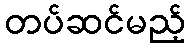
တပ်ဆင်မည့်